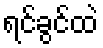
ရင်ခွင်ထဲ